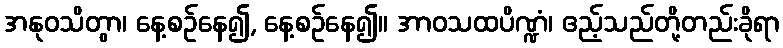
အနုဝသိတွာ၊ နေ့စဉ်နေ၍, နေ့စဉ်နေ၍။ အာဝသထပိဏ္ဍံ၊ ဧည့်သည်တို့တည်းခိုရာ